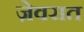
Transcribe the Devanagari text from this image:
जे़वरात